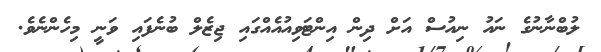
ލުބްނާނުގެ ނައު ނިއުސް އަށް ދިން އިންޓަވިއުއެއްގައި ޖިޒެލް ބުނެފައި ވަނީ މިހެންނެވެ.